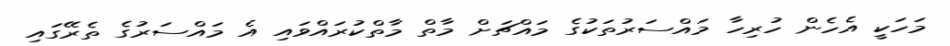
މަހަކީ އެހެން ހުރިހާ މައްސަރުތަކުގެ މައްޗަށް މާތް މާތްކުރައްވައި އެ މައްސަރުގެ ތެރޭގައި